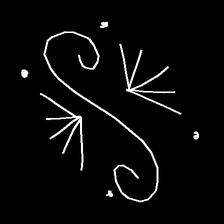
Glyph: aeroform